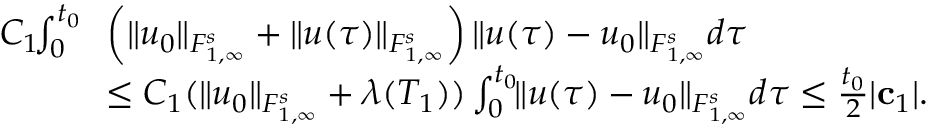
\begin{array} { r l } { C _ { 1 } \! \! \int _ { 0 } ^ { t _ { 0 } } \! \! } & { \left( \| u _ { 0 } \| _ { { F } _ { 1 , \infty } ^ { s } } + \| u ( \tau ) \| _ { { F } _ { 1 , \infty } ^ { s } } \right) \| u ( \tau ) - u _ { 0 } \| _ { { F } _ { 1 , \infty } ^ { s } } d \tau } \\ & { \leq C _ { 1 } ( \| u _ { 0 } \| _ { { F } _ { 1 , \infty } ^ { s } } + \lambda ( T _ { 1 } ) ) \int _ { 0 } ^ { t _ { 0 } } \! \! \| u ( \tau ) - u _ { 0 } \| _ { { F } _ { 1 , \infty } ^ { s } } d \tau \leq \frac { t _ { 0 } } { 2 } | { \bf c } _ { 1 } | . } \end{array}